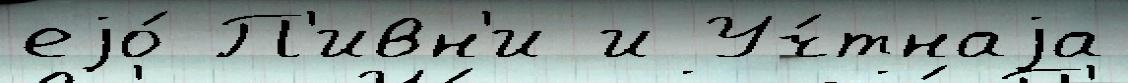
еjо́ П'ивн'и и Уч́тнаjа